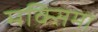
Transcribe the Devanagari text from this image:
मक्सिमा